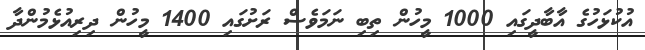
އުކުޅަހުގެ އާބާދީގައި 1000 މީހުން ތިބި ނަމަވެސް ރަށުގައި 1400 މީހުން ދިރިއުޅެމުންދާ